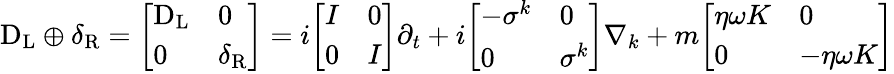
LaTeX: \mathrm{D}_{\mathrm{{L}}}\oplus\delta_{\mathrm{{R}}}={\left[\begin{array}{ll}{\mathrm{D}_{\mathrm{{L}}}}&{0}\\ {0}&{\delta_{\mathrm{{R}}}}\end{array}\right]}=i{\left[\begin{array}{ll}{I}&{0}\\ {0}&{I}\end{array}\right]}\partial_{t}+i{\left[\begin{array}{ll}{-\sigma^{k}}&{0}\\ {0}&{\sigma^{k}}\end{array}\right]}\nabla_{k}+m{\left[\begin{array}{ll}{\eta\omega K}&{0}\\ {0}&{-\eta\omega K}\end{array}\right]}